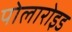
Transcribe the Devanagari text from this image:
पोलारोइड